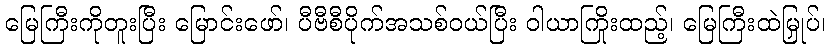
မြေကြီးကိုတူးပြီး မြောင်းဖော်၊ ပီဗီစီပိုက်အသစ်ဝယ်ပြီး ဝါယာကြိုးထည့်၊ မြေကြီးထဲမြှုပ်၊